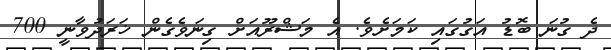
ދެ ގުނަ ބޮޑު އަގުގައި ކަމަށެވެ. އެ މަޝްރޫއަށް ގިނަވެގެން ޚަރަދުވާނީ 700